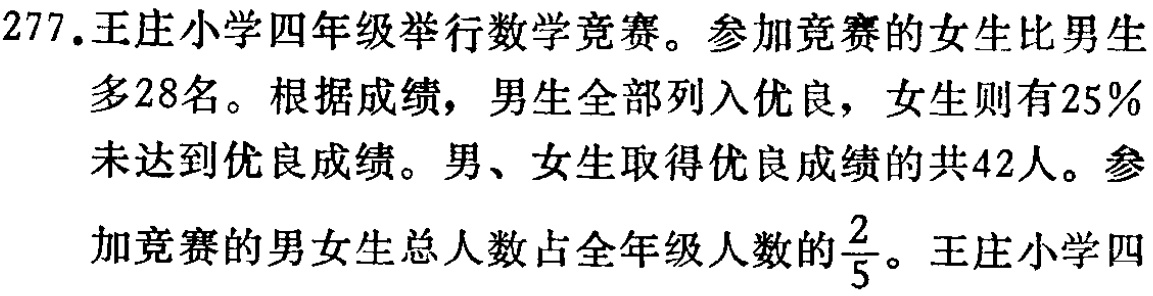
277.王庄小学四年级举行数学竞赛。参加竞赛的女生比男生多28名。根据成绩，男生全部列入优良，女生则有25%未达到优良成绩。男、女生取得优良成绩的共42人。参加竞赛的男女生总人数占全年级人数的$\frac{2}{5}$。王庄小学四